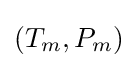
\left(T_{m},P_{m}\right)